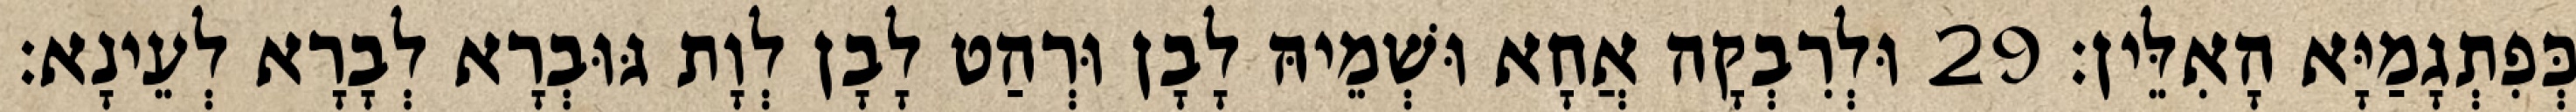
כְּפִתְגָמַיָּא הָאִלֵּין׃ 29 וּלְרִבְקָה אֲחָא וּשְׁמֵיהּ לָבָן וּרְהַט לָבָן לְוָת גּוּבְרָא לְבָרָא לְעֵינָא׃